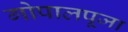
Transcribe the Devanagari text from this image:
गोपालपूजा